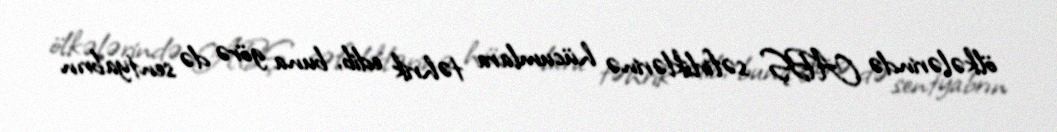
ölkələrində ABŞ səfirliklərinə hücumlara təhrik edib, buna görə də sentyabrın